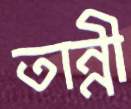
তান্নী